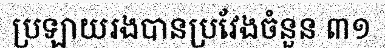
ប្រឡាយរងបានប្រវែងចំនួន ៣១